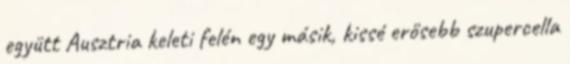
együtt Ausztria keleti felén egy másik, kissé erősebb szupercella